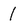
Character: 1